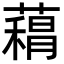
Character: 𮑨